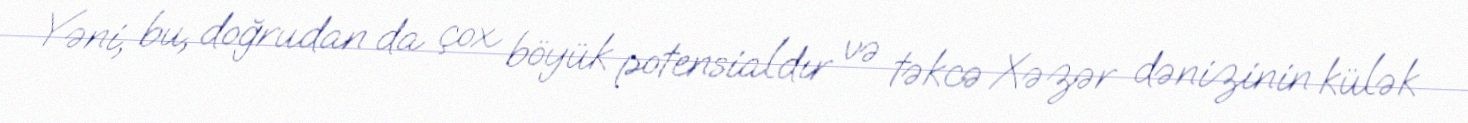
Yəni, bu, doğrudan da çox böyük potensialdır və təkcə Xəzər dənizinin külək